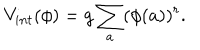
LaTeX: V _ { i n t } ( \phi ) = g \sum _ { a } ( \phi ( a ) ) ^ { r } .